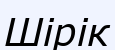
Шірік